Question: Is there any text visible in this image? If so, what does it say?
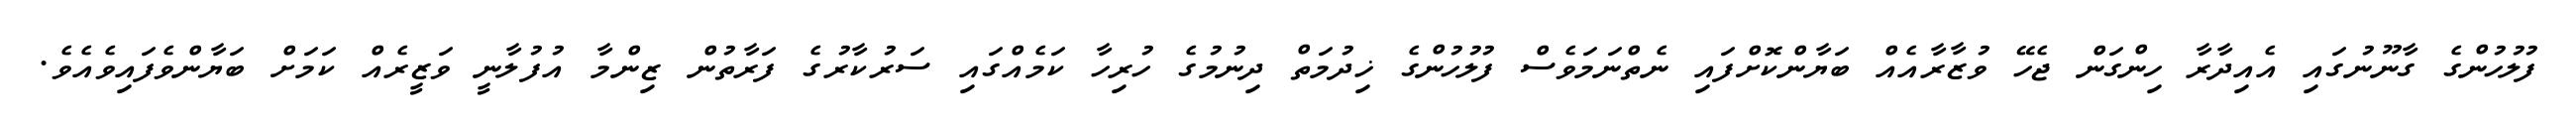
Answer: ފުލުހުންގެ ގާނޫނުގައި އެއިދާރާ ހިންގަން ޖެހޭ ވުޒާރާއެއް ބަޔާންކޮށްފައި ނެތްނަމަވެސް ފުލުހުންގެ ޚިދުމަތް ދިނުމުގެ ހުރިހާ ކަމެއްގައި ސަރުކާރުގެ ފަރާތުން ޒިންމާ އުފުލާނީ ވަޒީރެއް ކަމަށް ބަޔާންވެފައިވެއެވެ.